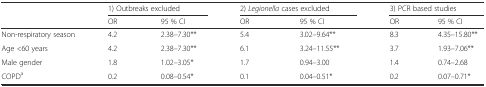
<table><thead><tr><td></td><td colspan="2"><b>1) Outbreaks excluded</b></td><td colspan="2"><b>2) <i>Legionella</i> cases excluded</b></td><td colspan="2"><b>3) PCR based studies</b></td></tr><tr><td></td><td><b>OR</b></td><td><b>95 % CI</b></td><td><b>OR</b></td><td><b>95 % CI</b></td><td><b>OR</b></td><td><b>95 % CI</b></td></tr></thead><tbody><tr><td>Non-respiratory season</td><td>4.2</td><td>2.38–7.30**</td><td>5.4</td><td>3.02–9.64**</td><td>8.3</td><td>4.35–15.80**</td></tr><tr><td>Age &lt;60 years</td><td>4.2</td><td>2.38–7.30**</td><td>6.1</td><td>3.24–11.55**</td><td>3.7</td><td>1.93–7.06**</td></tr><tr><td>Male gender</td><td>1.8</td><td>1.02–3.05*</td><td>1.7</td><td>0.94–3.00</td><td>1.4</td><td>0.74–2.68</td></tr><tr><td>COPD<sup>a</sup></td><td>0.2</td><td>0.08–0.54*</td><td>0.1</td><td>0.04–0.51*</td><td>0.2</td><td>0.07–0.71*</td></tr></tbody></table>